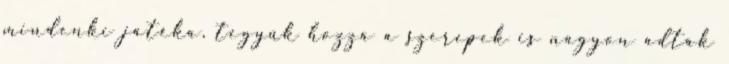
mindenki játéka, tegyük hozzá a szerepek is nagyon adták